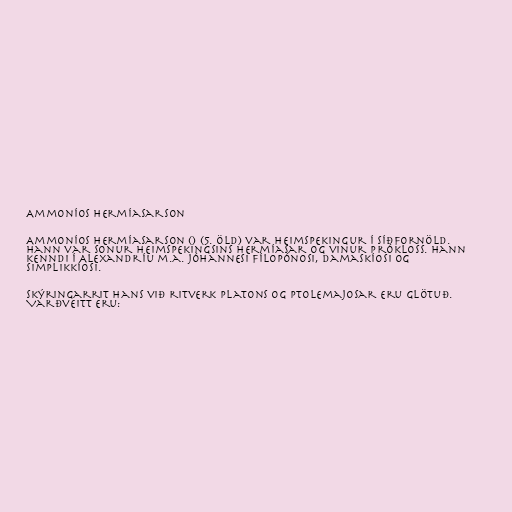
Ammoníos Hermíasarson

Ammoníos Hermíasarson () (5. öld) var heimspekingur í síðfornöld.
Hann var sonur heimspekingsins Hermíasar og vinur Prókloss. Hann
kenndi í Alexandríu m.a. Jóhannesi Fílopónosi, Damaskíosi og
Simplikkíosi.

Skýringarrit hans við ritverk Platons og Ptolemajosar eru glötuð.
Varðveitt eru: